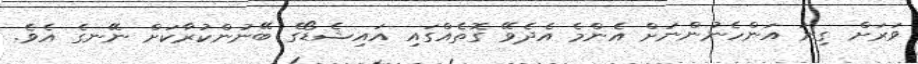
ވަރަށް ގިނަ އަންހެނުންނަށް އެންމެ އެދެވޭ ގޮތެއްގައި އައިޝެޑޯގެ ބޭނުންކުރާކަށް ނޭނގެ އެވެ.